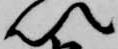
以